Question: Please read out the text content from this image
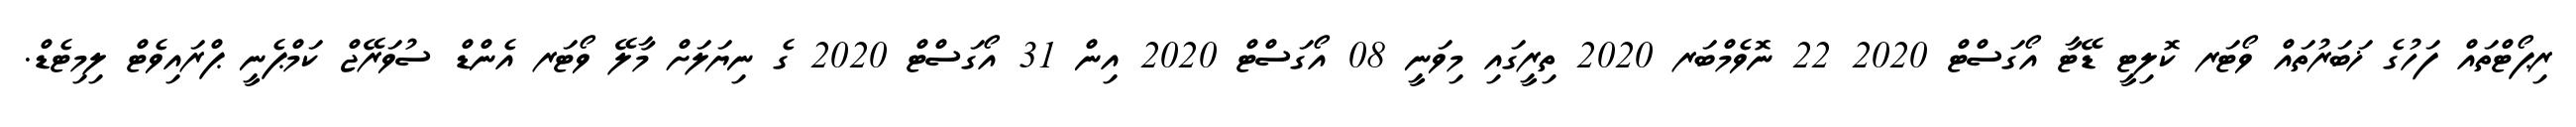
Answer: ރިޕޯޓްތައް ފަހުގެ ޚަބަރުތައް ވޯޓަރ ކޮލިޓީ ޑޭޓާ އޯގަސްޓް 2020 22 ނޮވެމްބަރ 2020 ތިރީގައި މިވަނީ 08 އޯގަސްޓް 2020 އިން 31 އޯގަސްޓް 2020 ގެ ނިޔަލަށް މާލޭ ވޯޓަރ އެންޑް ސުވަރޭޖް ކަމްޕެނީ ޕްރައިވެޓް ލިމިޓެޑް.